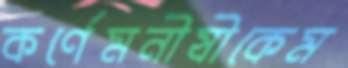
কর্ণেমনীষীকেম